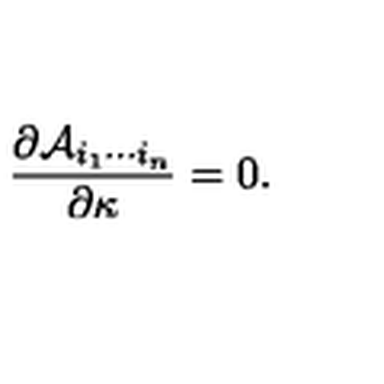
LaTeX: { \frac { \partial { \cal A } _ { i _ { 1 } \cdots i _ { n } } } { \partial \kappa } } = 0 .